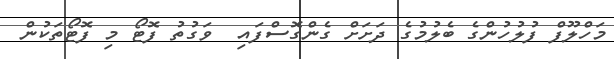
މަހްލޫފް ފުލުހުންގެ ބެލުމުގެ ދަށަށް ގެންގޮސްފައި  ވަގުތު ފޮޓޯ މި ފޮޓޯތަކުން